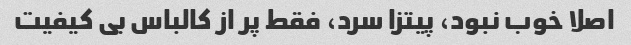
اصلا خوب نبود، پیتزا سرد، فقط پر از کالباس بی کیفیت